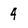
Character: 4